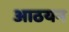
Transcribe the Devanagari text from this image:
आठयन